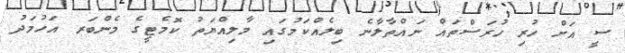
ސީ އަށް ހުރި ހުރަސްތައް ނައްތާލާނެ ބިލެއްކަމުގައި މާލިއްޔަތު ކޮމެޓީގެ މެންބަރ އަހުމަދު